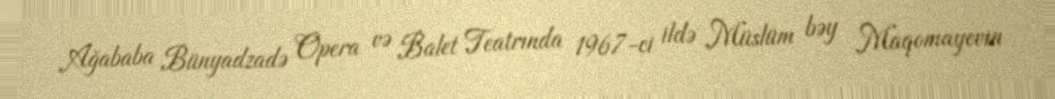
Ağababa Bünyadzadə Opera və Balet Teatrında 1967-ci ildə Müslüm bəy Maqomayevin